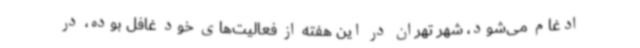
ادغام می‌شود، شهر تهران در این هفته از فعالیت‌های خود غافل بوده، در